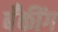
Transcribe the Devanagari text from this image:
बॅँकींग